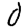
Digit: 0